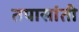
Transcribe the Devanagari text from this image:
तपासांती